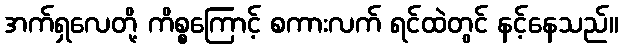
အက်ရှလေတို့ ကိစ္စကြောင့် စကားလက် ရင်ထဲတွင် နင့်နေသည်။